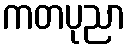
ကတပုညာ